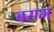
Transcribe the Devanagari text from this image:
बराम